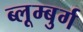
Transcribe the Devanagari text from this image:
ब्लूम्बुर्ग